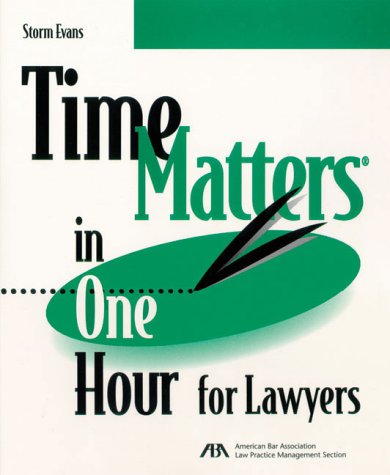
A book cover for Time Matters in One Hour for Lawyers (5110402); Storm M. Evans; Law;